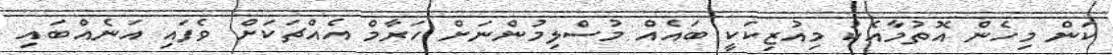
ކަން މިހެން އޮތުމާއެކު މިއުޒިކަކީ ބައެއް މުސްލިމުންނަށް ހަރާމް އެއްޗަކަށް ވެފައި އަނެއްބައި